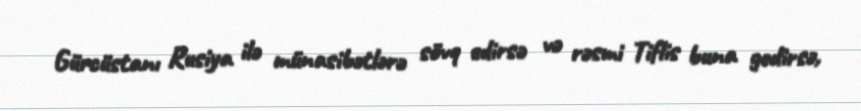
Gürcüstanı Rusiya ilə münasibətlərə sövq edirsə və rəsmi Tiflis buna gedirsə,